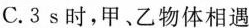
C.3s时，甲、乙物体相遇